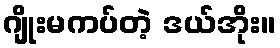
ဂျိုးမကပ်တဲ့ ဒယ်အိုး။